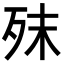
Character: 𣧣